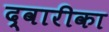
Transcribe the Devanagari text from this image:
द्वारीका